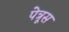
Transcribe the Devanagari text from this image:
पेत्रूस